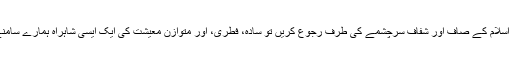
اگر ہم سرمایہ دارانہ نظام، جاگیرداری سسٹم، اور سوشلزم و کمیونزم کی کشمکش کے دائروں سے نکل کر اسلام کے صاف اور شفاف سرچشمے کی طرف رجوع کریں تو سادہ، فطری، اور متوازن معیشت کی ایک ایسی شاہراہ ہمارے سامنے موجود ہے جو انسانی معاشرہ کو آج بھی امن اور خوشحالی کی منزل تک پہنچانے کی ضمانت دیتی ہے۔